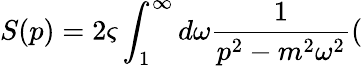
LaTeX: S(p)=2\varsigma\int_{1}^{\infty}d\omega\frac{1}{p^{2}-m^{2}\omega^{2}}(